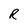
Character: R